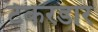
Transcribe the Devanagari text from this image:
टेकरडार